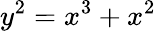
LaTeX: y^{2}=x^{3}+x^{2}